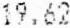
19.62